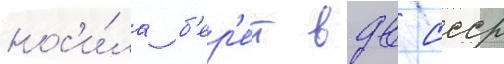
нос'и́ла б'ер'е́т вдв ссср